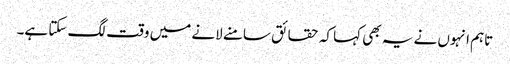
تاہم انہوں نے یہ بھی کہا کہ حقائق سامنے لانے میں وقت لگ سکتا ہے۔